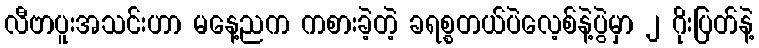
လီဗာပူးအသင်းဟာ မနေ့ညက ကစားခဲ့တဲ့ ခရစ္စတယ်ပဲလေ့စ်နဲ့ပွဲမှာ ၂ ဂိုးပြတ်နဲ့